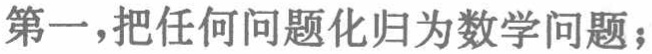
第一，把任何问题化归为数学问题；